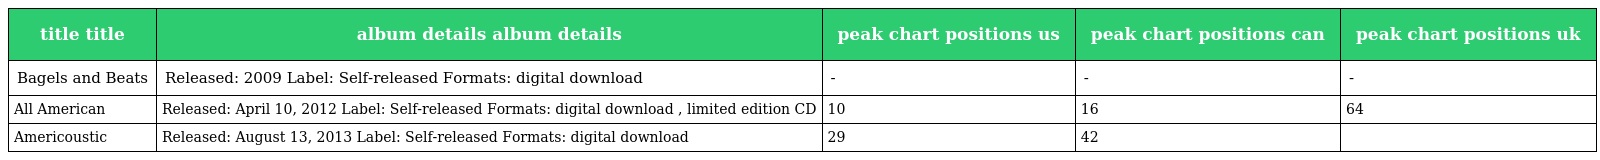
| title title | album details album details | peak chart positions us | peak chart positions can | peak chart positions uk |
 | --- | --- | --- | --- | --- |
 | Bagels and Beats | Released: 2009 Label: Self-released Formats: digital download | - | - | - |
 | All American | Released: April 10, 2012 Label: Self-released Formats: digital download , limited edition CD | 10 | 16 | 64 |
 | Americoustic | Released: August 13, 2013 Label: Self-released Formats: digital download | 29 | 42 |  |